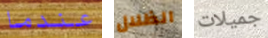
عندما الظلال جميلات